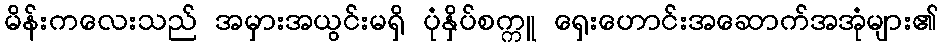
မိန်းကလေးသည် အမှားအယွင်းမရှိ ပုံနှိပ်စက္ကူ ရှေးဟောင်းအဆောက်အအုံများ၏